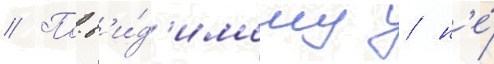
// По-в'и́д'имому / н'е́